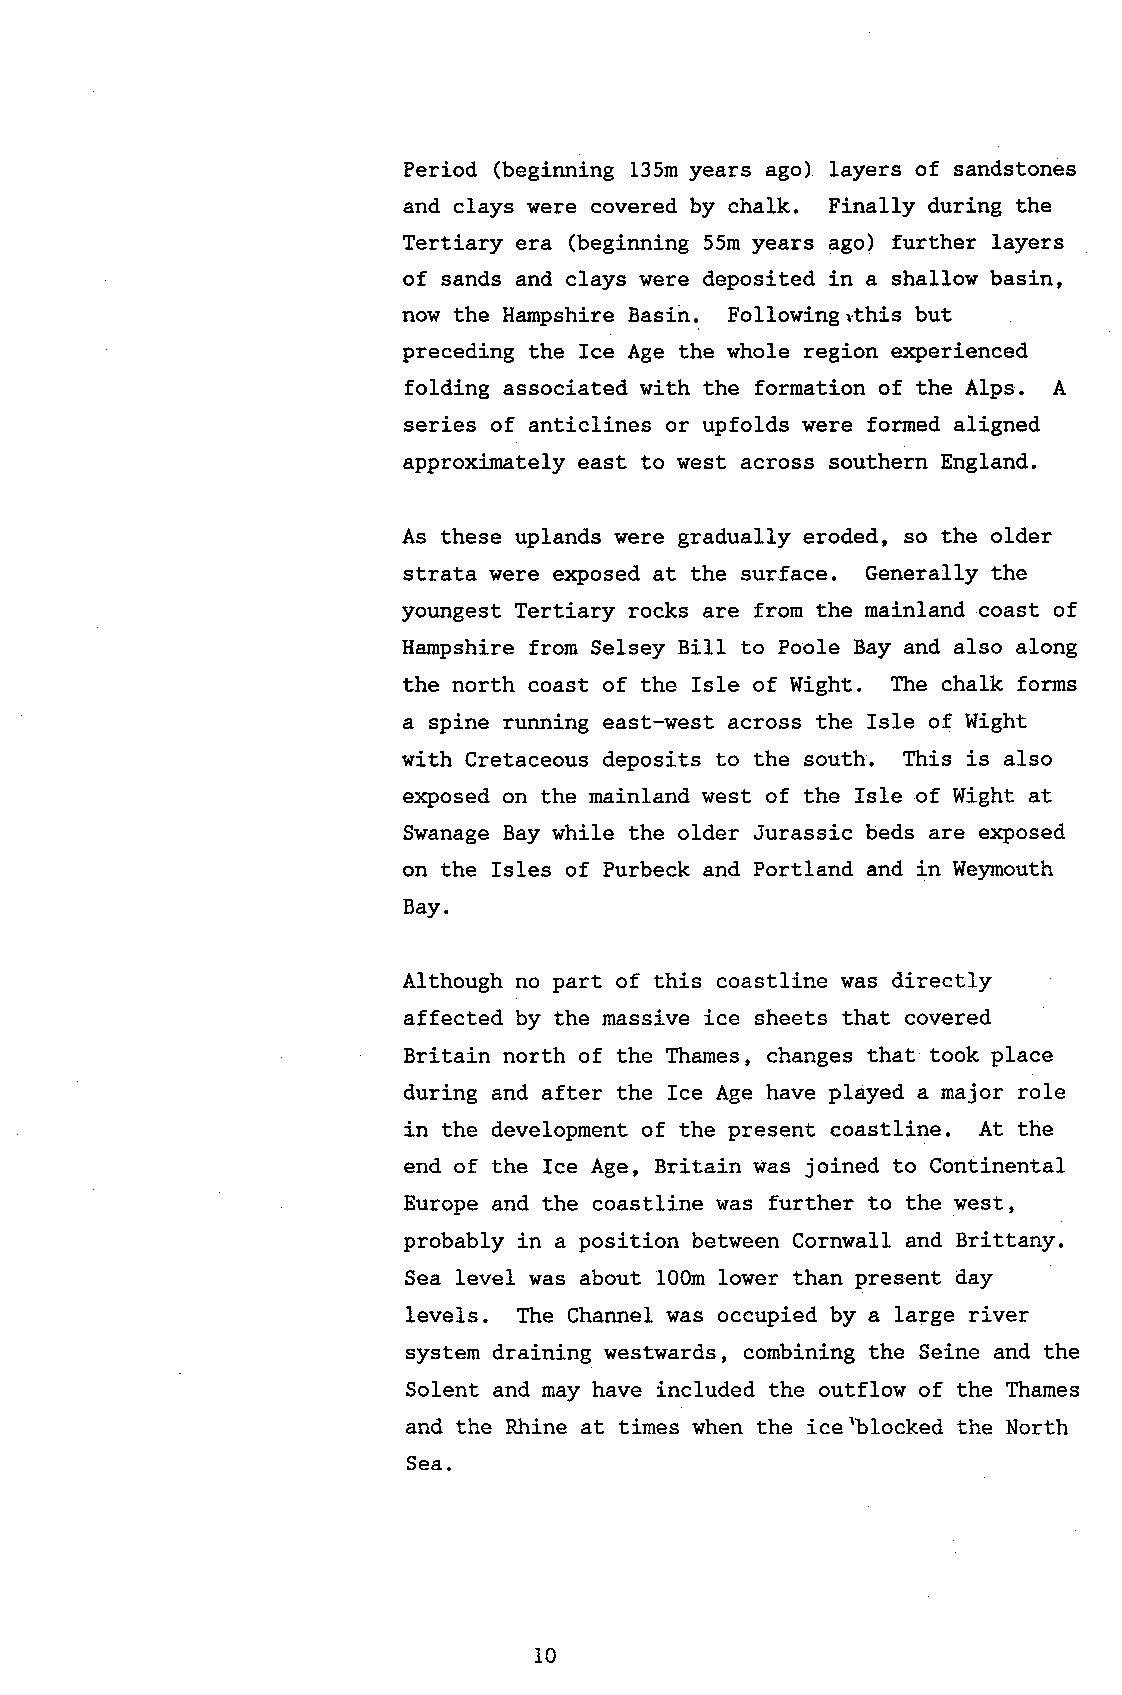
Period (beginning 135m years ago) layers of sandstones
 and clays were covered by chalk. Finally during the
 Tertiary era (beginning 55m years ago) further layers
 of sands and clays were deposited in a shallow basin,
 now the Hampshire Basin.. Following tthis but
 preceding the Ice Age the whole region oq>erienced
 folding associated with the formation of the AIps. A
 series of anticlines or upfolds were formed aligned
 approximately east to west across southern Eng1and.
 As these uplands were gradually eroded, so the older
 strata were e:iposed at the surface. Generally the
 youngest Tertiary rocks are from the mainland coast of
 Hampshire from Selsey BilI to Poole Bay and also along
 the north coast of the Isle of Wight. The ehalk forms
 a spine running east-west across the IsIe of Wight
 with Cretaceous deposits to the south. This is also
 exposed on the mainland west of the Isle of Wight at
 Swanage Bay while the older Jurassic beds are exposed
 on the Isles of Purbeek and Portland and in Weymouth
 Bay.
 Although no part of this coastline was directly
 affected by the massive ice sheets that covered
 Britain north of the Thames, changes that took place
 during and after the Ice Age have played a major role
 in the development of the present coastline. At the
 end of the Ice Age, Britain was joined to Continental
 Europe and the coastline was further to the west,
 probably in a position between Cornwall and Brittany.
 Sea level was about 100n lower than present day
 levels. The Channel was occupied by a large river
 system draining westwards, combining the Seine and the
 Solent and may have included the outflow of the Thames
 and the Rhine at times when the ice'blocked the North
 Sea.
 i0